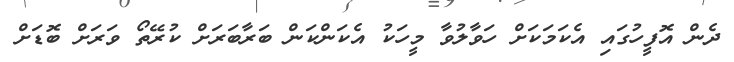
ދެން އޮފީހުގައި އެކަމަކަށް ހަވާލުވާ މީހަކު އެކަންކަން ބަރާބަރަށް ކުރޭތޯ ވަރަށް ބޮޑަށް